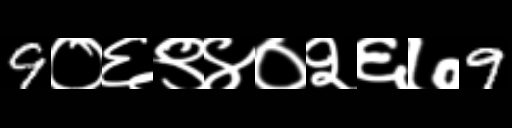
Text: 9०६९४०२६७9